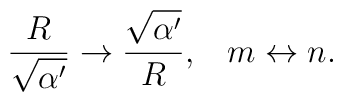
{R\over \sqrt{\alpha'}}\rightarrow {\sqrt{\alpha'} \over R},\;\;\; m\leftrightarrow n.